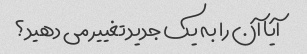
آیا آن را به یک جدید تغییر می دهید؟